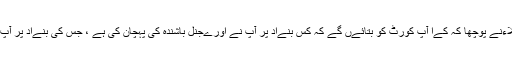
مسٹر پرتےک ہزےلا کی باتوں کے جواب مےں متا¿ثرین کے وکلاءنے پوچھا کہ کےا آپ کورٹ کو بتائےں گے کہ کس بنےاد پر آپ نے اورےجنل باشندہ کی پہچان کی ہے ، جس کی بنےاد پر آپ نے اب تک صرف سترہ لاکھ لوگوں کو اصل باشندہ تسلیم کےا ہے؟